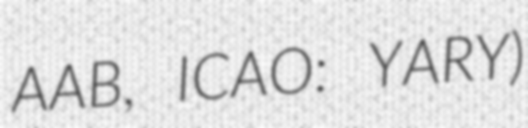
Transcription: AAB, ICAO: YARY)